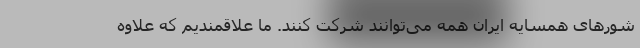
شورهای همسایه ایران همه می‌توانند شرکت کنند. ما علاقمندیم که علاوه